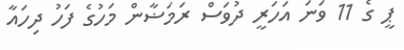
ޕީ ގެ 11 ވަނަ އަހަރީ ދުވަސް ރަމަޟާން މަހުގެ ފަހު ދިހައާ